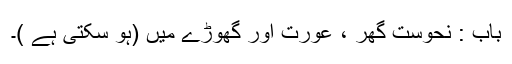
باب : نحوست گھر ، عورت اور گھوڑے میں (ہو سکتی ہے )۔